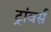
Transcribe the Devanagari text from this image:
ट्रांवर्स